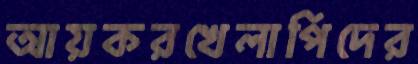
আয়করখেলাপিদের